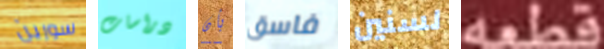
سورين دراسات بأن فاسق لسنين قطعه